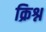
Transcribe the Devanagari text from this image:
क्रिश्न